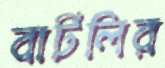
বার্টলির